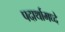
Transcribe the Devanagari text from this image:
पदार्थामध्दे